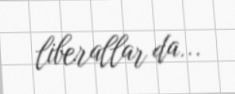
liberallar da...